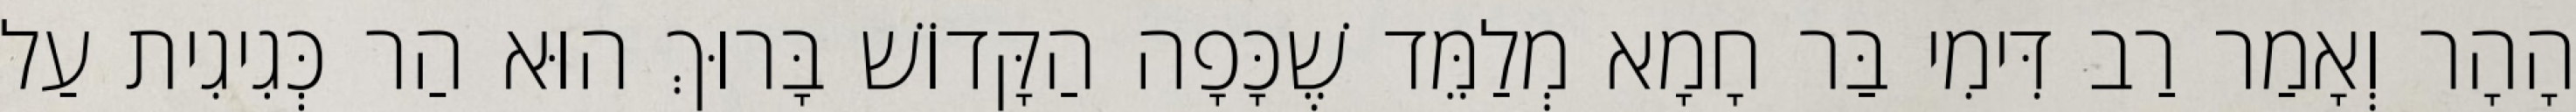
הָהָר וְאָמַר רַב דִּימִי בַּר חָמָא מְלַמֵּד שֶׁכָּפָה הַקָּדוֹשׁ בָּרוּךְ הוּא הַר כְּגִיגִית עַל